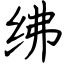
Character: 绋